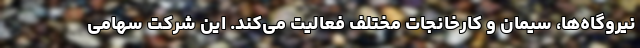
نیروگاه‌ها، سیمان و کارخانجات مختلف فعالیت می‌کند. این شرکت سهامی